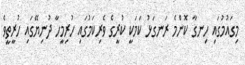
މިގައުމުގައި ހިނގާ ކޮންމެ ރަނގަޅު ކަމަކީ ކުރީގެ ވެރިކަމުގައި ހުރިމީހާ ދުނިޔޭގައި ހުރީތީވެ